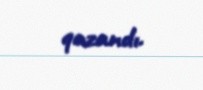
qazandı.